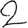
Digit: 2